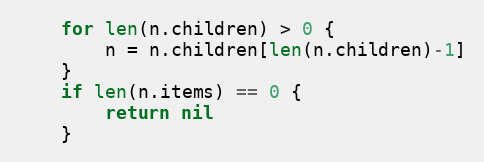
Language: Go
	for len(n.children) > 0 {
		n = n.children[len(n.children)-1]
	}
	if len(n.items) == 0 {
		return nil
	}